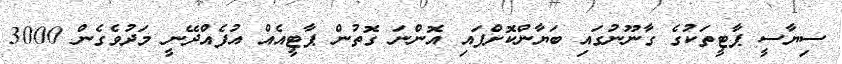
ސިޔާސީ ޕާޓީތަކުގެ ގާނޫނުގައި ބަޔާންކޮށްފައި އޮންނަ ގޮތުން ޕާޓީއެއް އުފެއްދޭނީ މަދުވެގެން 3000